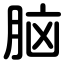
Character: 脑